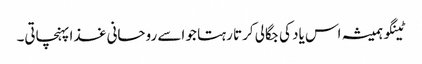
ٹینگو ہمیشہ اس یاد کی جگالی کرتا رہتا جو اسے روحانی غذا پہنچاتی۔